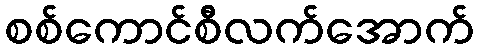
စစ်ကောင်စီလက်အောက်